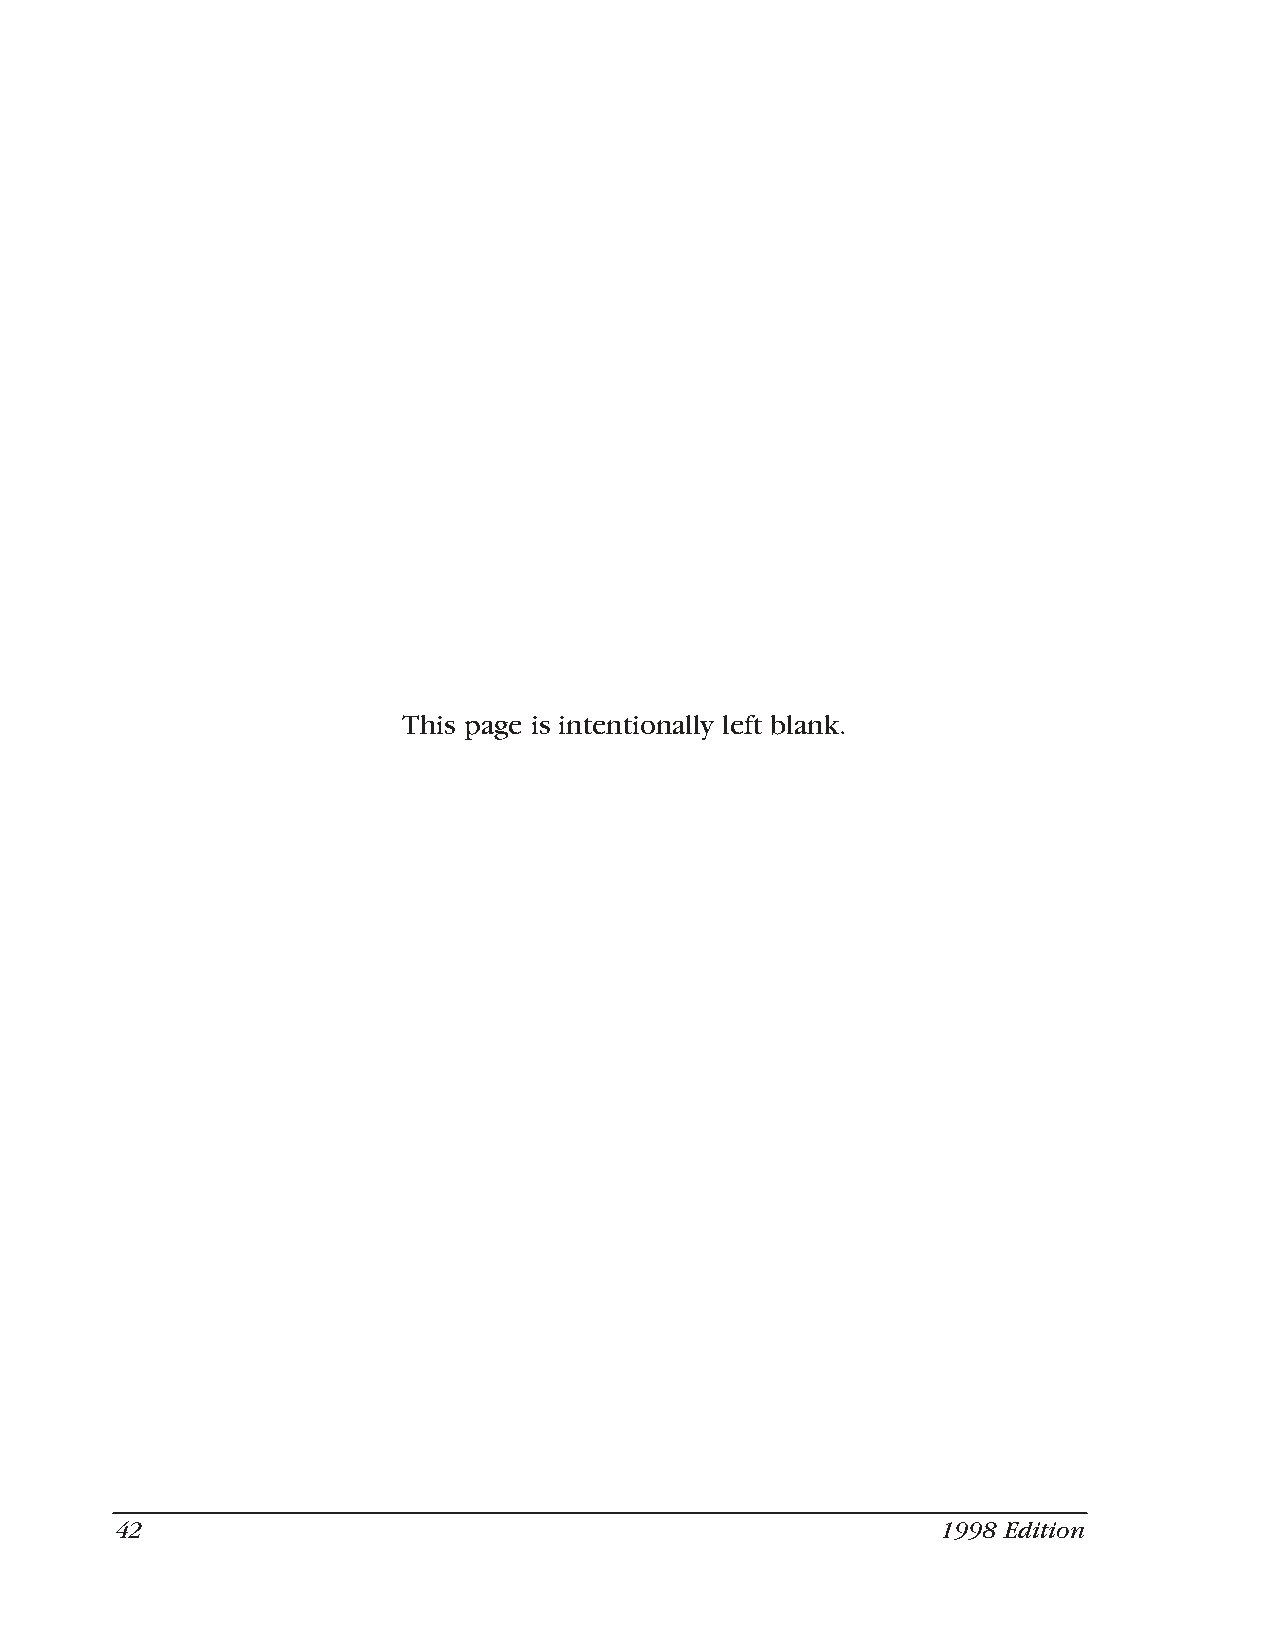
This page is intentionally left blank.
 42                                                    1998 Edition